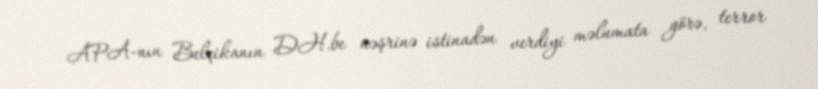
APA-nın Belçikanın DH.be nəşrinə istinadən verdiyi məlumata görə, terror